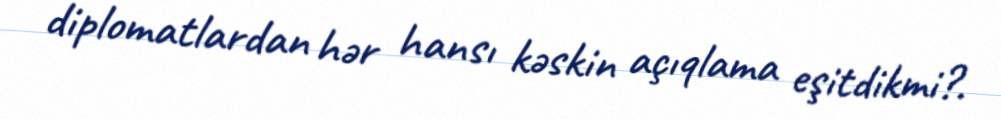
diplomatlardan hər hansı kəskin açıqlama eşitdikmi?.